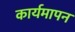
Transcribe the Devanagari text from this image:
कार्यमापन